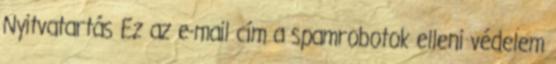
Nyitvatartás Ez az e-mail cím a spamrobotok elleni védelem